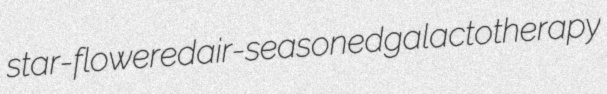
star-flowered air-seasoned galactotherapy